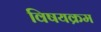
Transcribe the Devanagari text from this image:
विषयक्रम